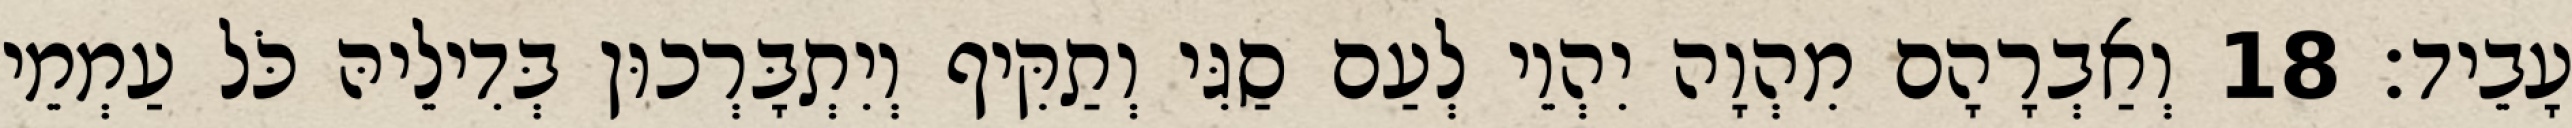
עָבֵיד׃ 18 וְאַבְרָהָם מִהְוָה יִהְוֵי לְעַם סַגִּי וְתַקִּיף וְיִתְבָּרְכוּן בְּדִילֵיהּ כֹּל עַמְמֵי